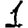
Digit: 1